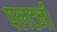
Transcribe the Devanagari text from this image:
पलटनी